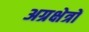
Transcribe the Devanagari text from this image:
अग्रक्षेत्रों